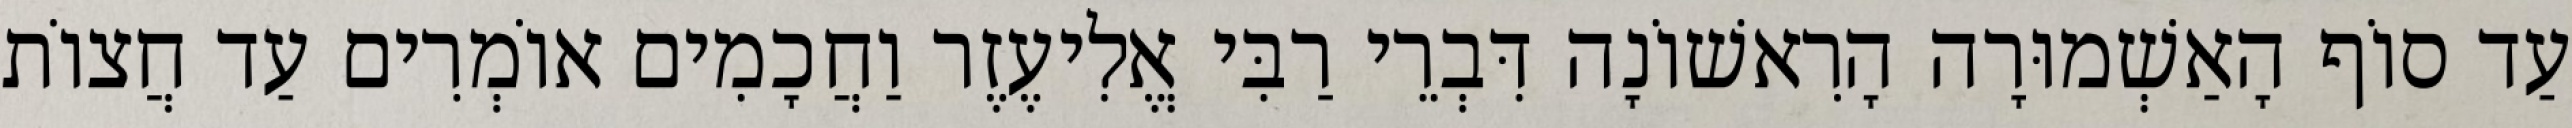
עַד סוֹף הָאַשְׁמוּרָה הָרִאשׁוֹנָה דִּבְרֵי רַבִּי אֱלִיעֶזֶר וַחֲכָמִים אוֹמְרִים עַד חֲצוֹת